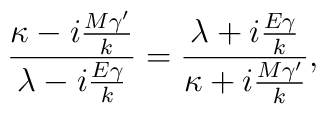
{{{\kappa-i{{M{\gamma}'}\over k}}\over {\lambda-i{{E\gamma}\over k}}}}={{{{\lambda+i{{E\gamma}\over k}}\over {\kappa+i{{M{\gamma}'}\over k}}}}},